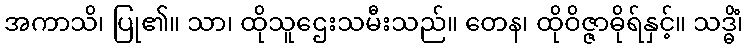
အကာသိ၊ ပြု၏။ သာ၊ ထိုသူဌေးသမီးသည်။ တေန၊ ထိုဝိဇ္ဇာဓိုရ်နှင့်။ သဒ္ဓိံ၊